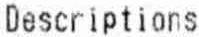
DESCRIPTIONS